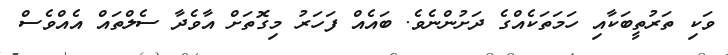
ވަކި ތަރުތީބަކާއި ހަމަތަކެއްގެ ދަށުންނެވެ. ބައެއް ފަހަރު މިގޮތަށް އާވެދާ ސެލްތައް އެއްވެސް